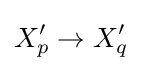
X_{p}^{\prime }\to X_{q}^{\prime }